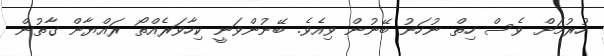
ހުރުމަށް ވެސް ހިތް ނުހަނު ބޭނުން ވިއެވެ. ބޭނުންވަނީ ކިހާވަރެއްތޯ ރައްޔާން ގާތުން